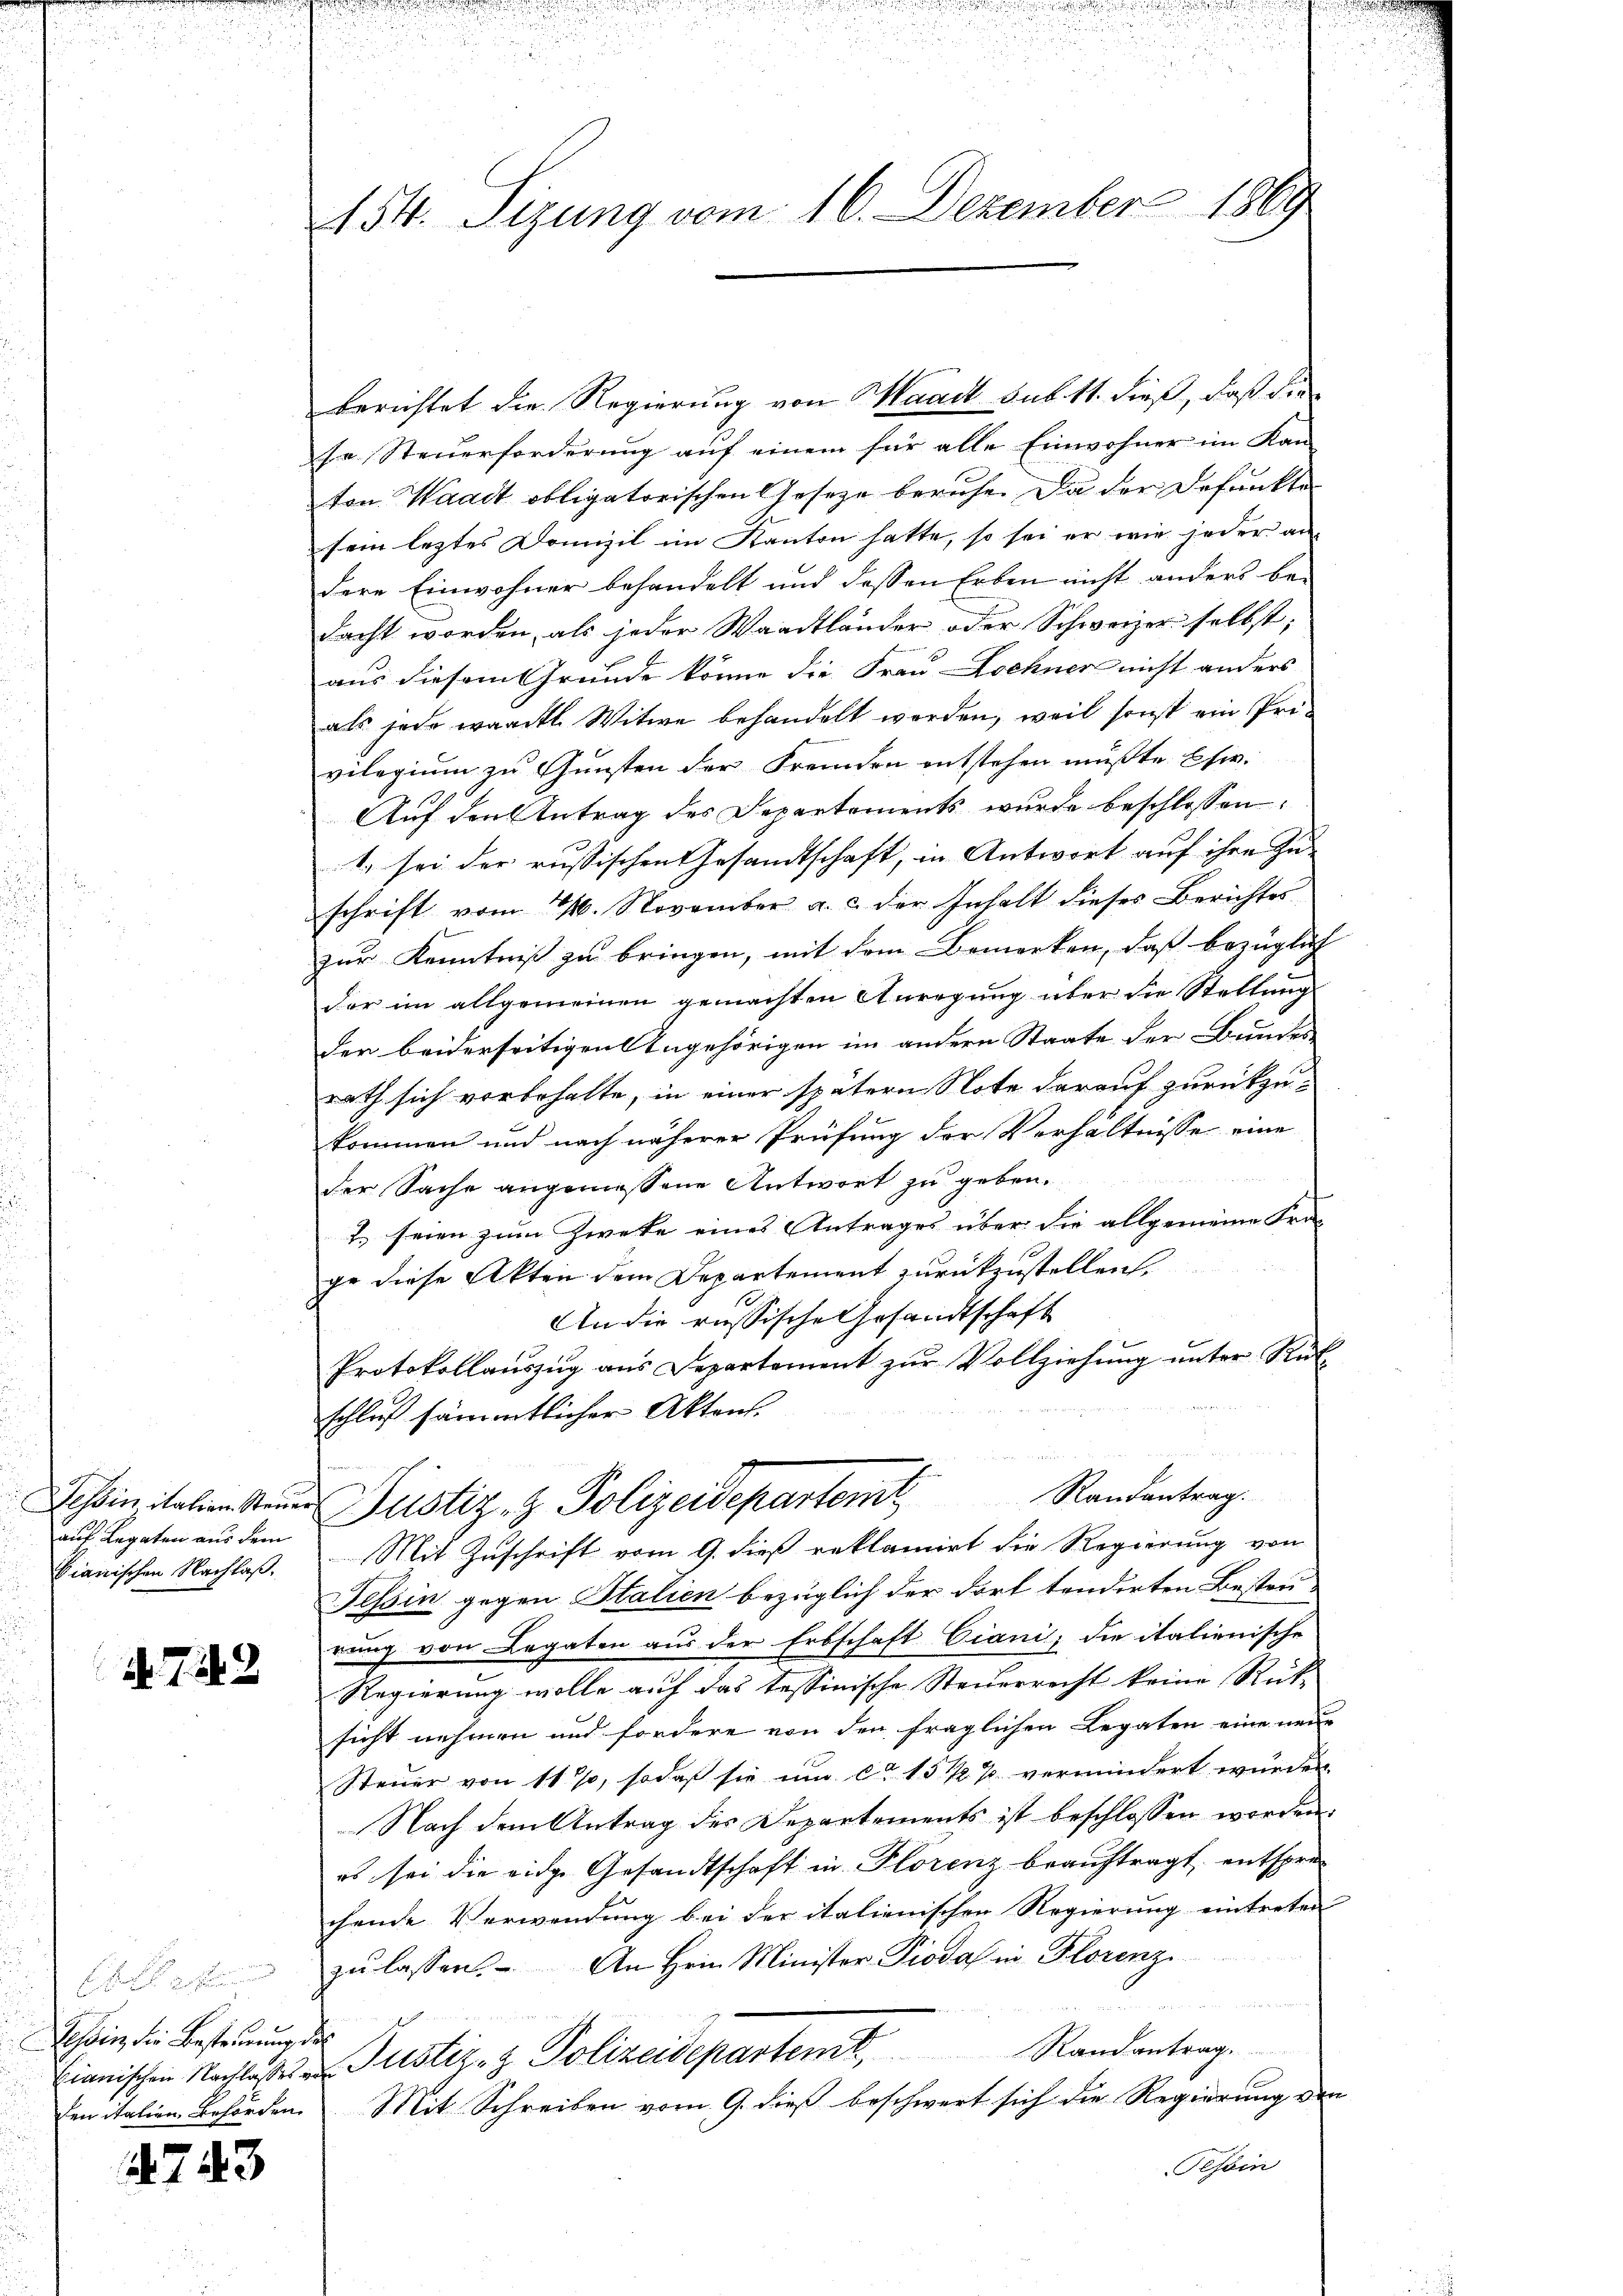
auf Legaten aus dem
bianischen Nachlaß.

d. 7. 242

1.
Tessin, die Besteinung des

743

154. Sizung vom 16. Dezember 1869

berichtet die Regierung von Maack sub. 11. dieß, daß die
se Steuerforderung auf einem für alle Einwohner im Kan-
ton Waadt obligatorischen Geseze beruhe. Da der Befunkte
sein letztes Domizil im Kanton hatte, so sei er wie jeder au
dere Einwohner behandelt und dessen Erben nicht anders be-
dacht worden, als jeder Waadtländer oder Schweizer selbst;
aus diesem Grunde könne die Frau Dochner nicht anders
als jede waackt. Witwe behandelt werden, weil sonst ein Provilegium zu Gunsten der Fremden entstehen müsste Ehe.
Auf den Antrag des Departements wurde beschlossen:
1. sei der russischen Gesamtschaft, in Antwort auf ihre Zu- |
schrift vom 16. November a. c. der Inhalt dieses Berichtes
zur Kenntniß zu bringen, mit dem Bemerken, daß bezüglich
der im allgemeinen gemachten Anregung über die Stellung
der beiderseitigen Angehörigen im andern Staate der Bundes
rath sich vorbehalte, in einer spätern Note darauf zurückzu-
kommen und nach näherer Prüfung der Verhältnisse eine
der Sache angemessene Antwort zu geben.
7. seien zum Zwecke eines Antrages über die allgemeine Fra-
ge diese Akten dem Departement zurückzustellen.
An die russische Gesandtschaft
Protokollaŭszŭg aŭs Departement zŭr Vollziehŭng ŭnter Rück-
schluß sämmtlicher Akten.
Schon italien Neuen Justiz- & Polizeidepartem Randantrag.
Mit Zuschrift vom 9. dieß reklamirt die Regierung von
Tessin gegen Stalien bezüglich der dort tendirten Besteurung von Legaten aus der Erbschaft Ciani, die italienische
Regierung wolle auf das tessinische Steuerrecht keine Rüksicht nehmen und fordere von den fraglichen Legaten eine neue
Steŭer von 11 %, sodaß sie um ca 15 1/2 % vermindert würden
Nach dem Antrag des Departements ist beschlossen worden.
es sei die eidge Gesandtschaft in Florenz beauftragt, entsprechende Verwendung bei der italienischen Regierung eintreten
zŭ lassen. An Hrn. Minister Pioda in Florenz
Eianischen Nachlassen Justiz- & Polizeidepartemt, Randantrag.
den italien Behörden. Mit Schreiben vom 9. dieß beschwert sich die Regierung von
Tessin